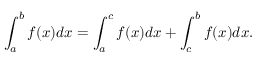
\int _ { a } ^ { b } f ( x ) d x = \int _ { a } ^ { c } f ( x ) d x + \int _ { c } ^ { b } f ( x ) d x .